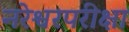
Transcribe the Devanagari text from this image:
नरेश्वरपरीक्षा